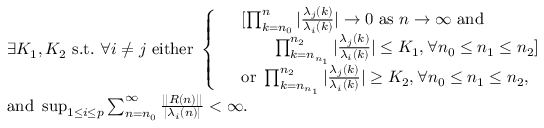
\begin{array} { r l } & { \exists K _ { 1 } , K _ { 2 } \mathrm { ~ s . t . ~ } \forall i \neq j \mathrm { ~ e i t h e r ~ } \left\{ \begin{array} { l l } & { [ \prod _ { k = n _ { 0 } } ^ { n } | \frac { \lambda _ { j } ( k ) } { \lambda _ { i } ( k ) } | \to 0 \mathrm { ~ a s ~ } n \to \infty \mathrm { ~ a n d ~ } } \\ & { \qquad \prod _ { k = n _ { n _ { 1 } } } ^ { n _ { 2 } } | \frac { \lambda _ { j } ( k ) } { \lambda _ { i } ( k ) } | \leq K _ { 1 } , \forall n _ { 0 } \leq n _ { 1 } \leq n _ { 2 } ] } \\ & { \mathrm { o r ~ } \prod _ { k = n _ { n _ { 1 } } } ^ { n _ { 2 } } | \frac { \lambda _ { j } ( k ) } { \lambda _ { i } ( k ) } | \geq K _ { 2 } , \forall n _ { 0 } \leq n _ { 1 } \leq n _ { 2 } , } \end{array} \right. } \\ & { \mathrm { a n d ~ } \operatorname* { s u p } _ { 1 \leq i \leq p } \sum _ { n = n _ { 0 } } ^ { \infty } \frac { | | R ( n ) | | } { | \lambda _ { i } ( n ) | } < \infty . } \end{array}